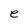
Character: e